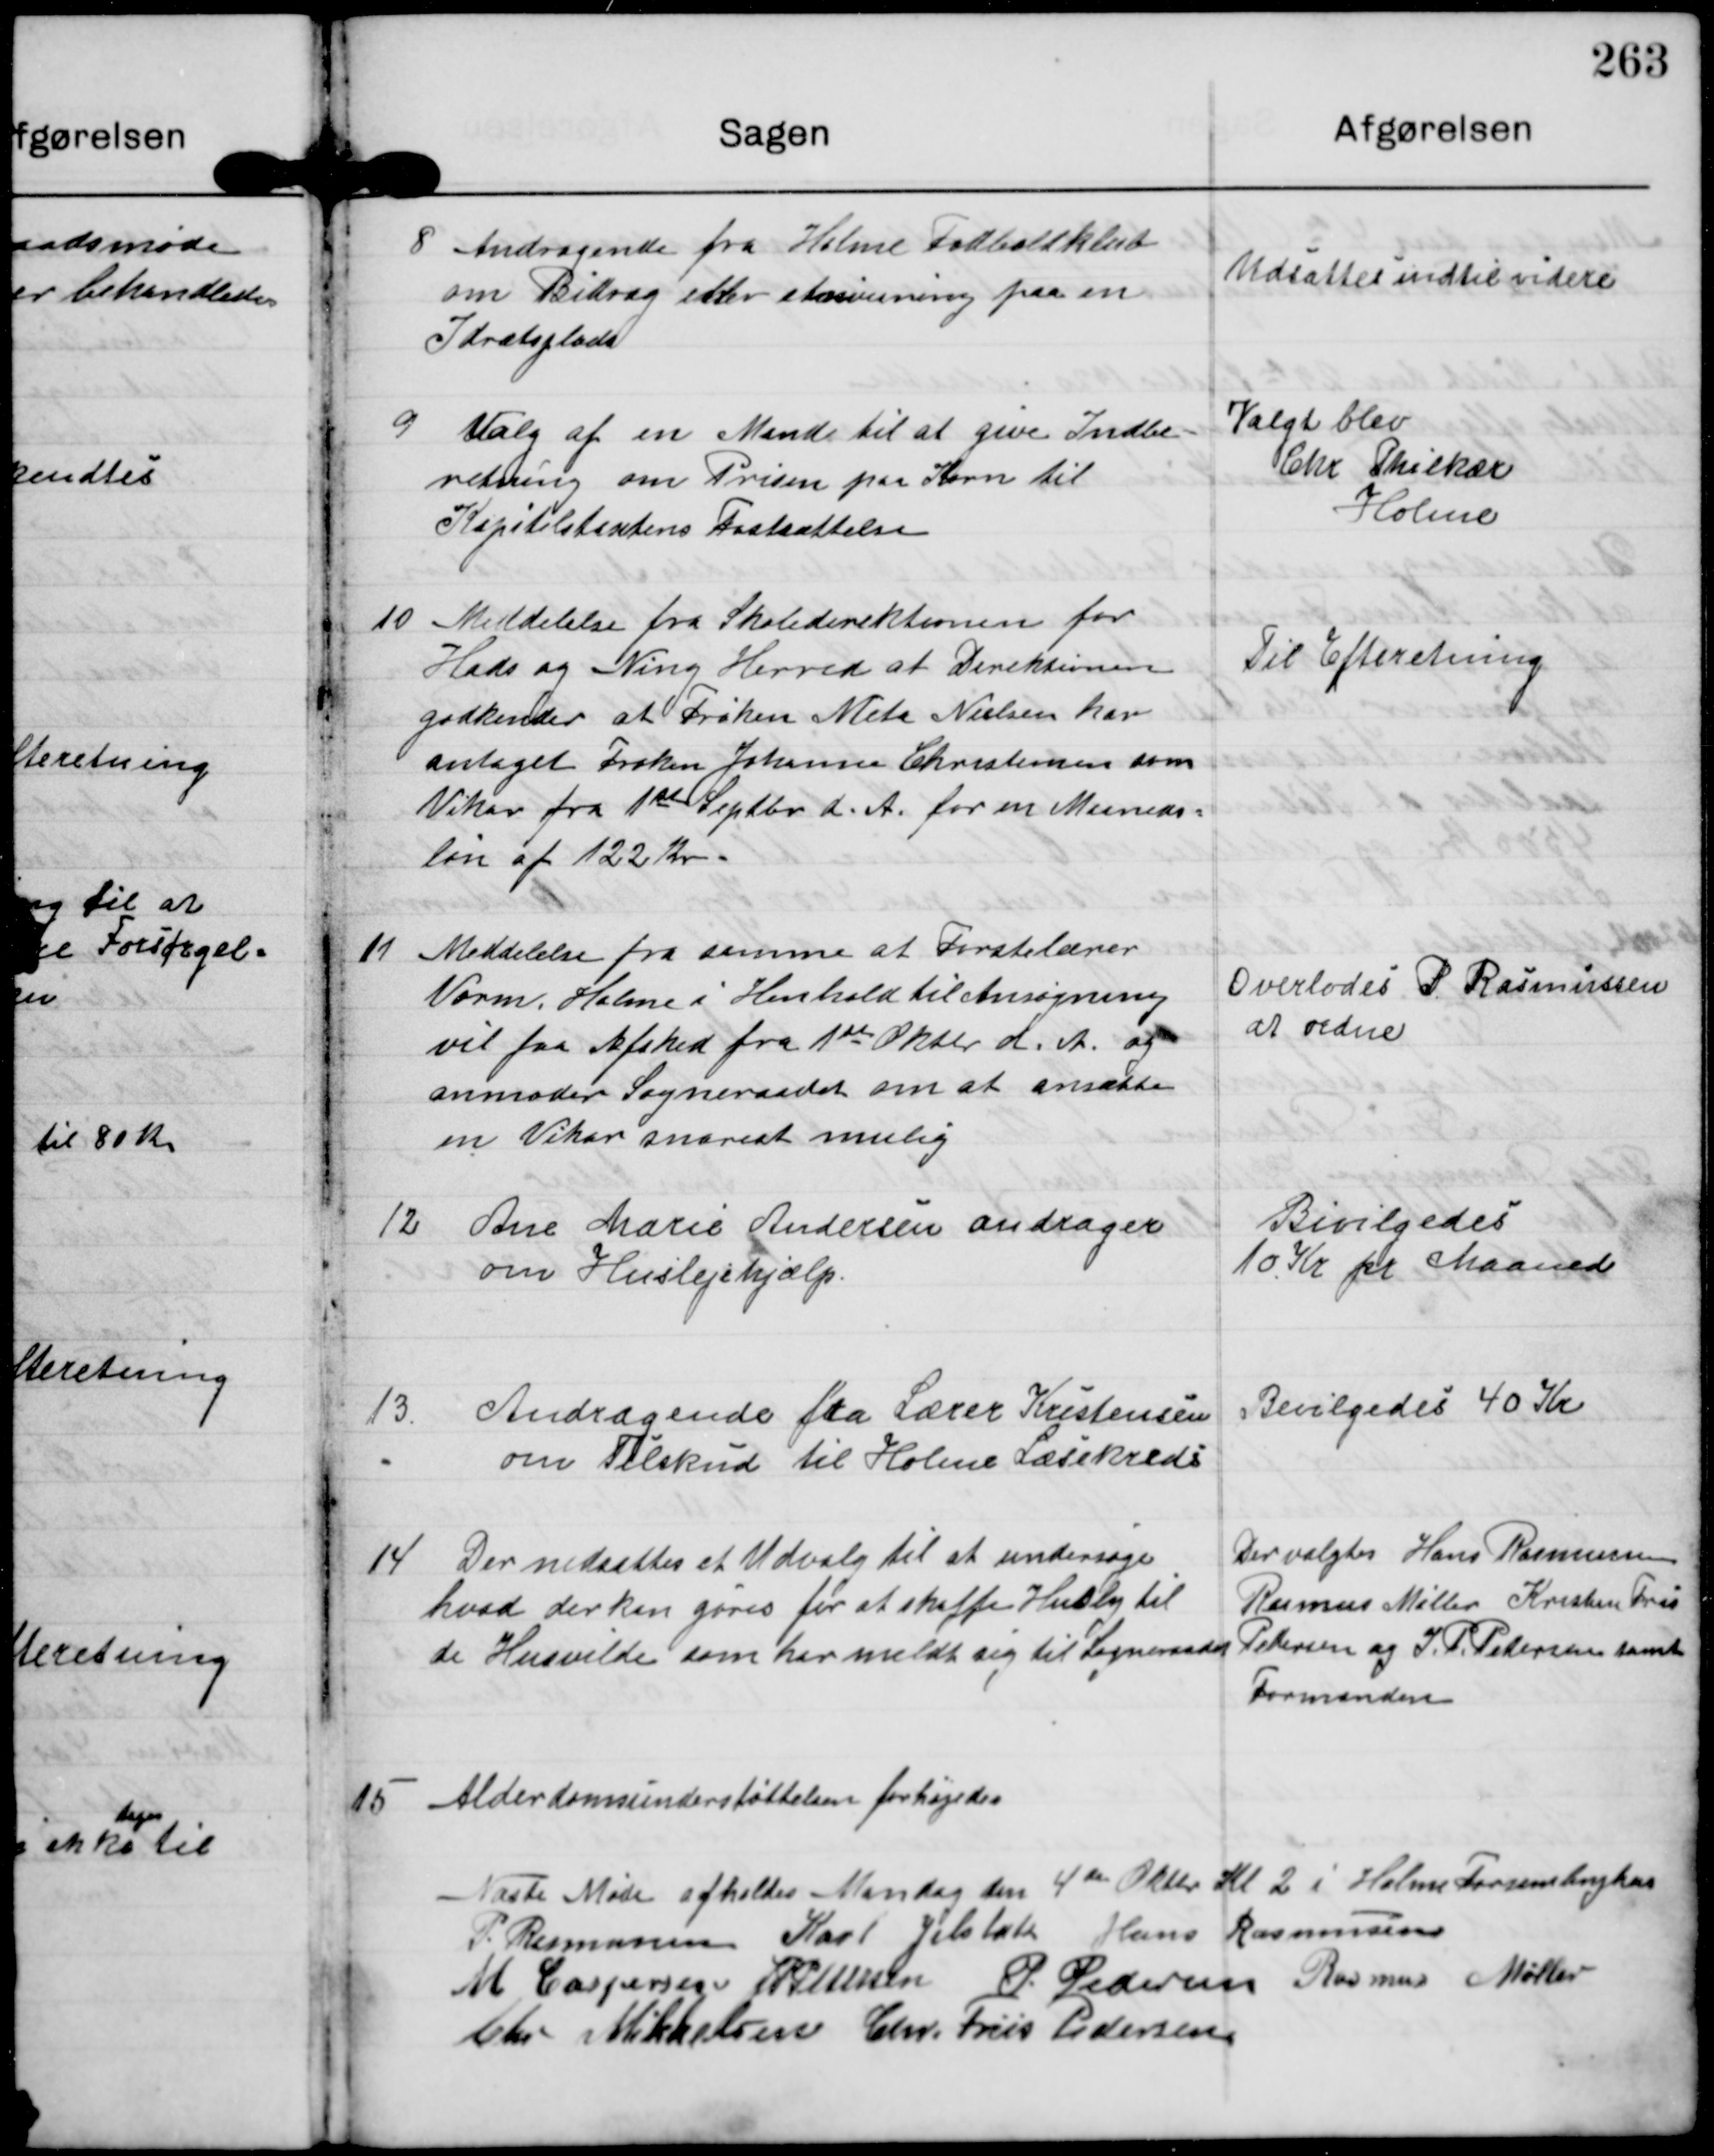
Transskription:
8

Andragende fra Holme Fodboldklub
om Bidrag eller et anvisning paa en
Idrætsplads

Udsattes indtil videre

9

Valg af en Mand til at give Indbe-
retning om Prisen paa Korn til
Kapitelstaktens Fastsættelse

Valgt blev
Chr Philkær
Holme

10

Meddelelse fra Skoledirektionen for
Hads og Ning Herred at Direktionen
godkender at Frøken Meta Nielsen har
antaget Frøken Johanne Christensen som
Vekar fra 1st Septbr d. A. for en Maaneds-
løn af 122 Kr.

Til Efteretning

11

Meddelelse fra samme at Førstelærer
Vorm Holme i Henhold til Ansøgning
vil faa Afsked fra 1st Oktbr d. A. og
anmoder Sogneraadet om at ansætte
en Vikar snarest mulig

Overlodes P Rasmussen
at ordne

12.

Ane Marie Andersen andrager
om Huslejehjælp.

Bevilgedes
10 Kr pr Maaned

13

Andragende fra Lærer Kristensen
om Tilskud til Holme Læsekreds

Bevilgedes 40 Kr

14

Der nedsattes et Udvalg til at undersøge
hvad der kan gøres for at skaffe Husly til
de Husvilde som har meldt sig til Sogneraadet

Der valgtes Hans Rasmussen
Rasmus Møller Kristen Fris
Pedersen og J P Pedersen samt
Formanden

15

Alderdomsunderstøttelsen forhøjedes

Næste Møde afholdes Mandag den 4de Oktbr Kl 2 i Holme Forsamlinghus

P. Rasmussen Karl Jelsbak Hans Rasmussen
M Caspersen J P Pedersen P. Pedersen Rasmus Møller
Chr Mikkelsen Chr. Friis Pedersen